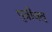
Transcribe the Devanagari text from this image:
पुत्रीवत्